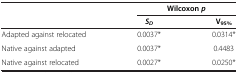
<table><thead><tr><td><b> </b></td><td colspan="2"><b>Wilcoxon<i>p</i></b></td></tr><tr><td><b> </b></td><td><b><i>S</i><sub><i>D</i></sub></b></td><td><b>V<sub>95%</sub></b></td></tr></thead><tbody><tr><td>Adapted against relocated</td><td>0.0037*</td><td>0.0314*</td></tr><tr><td>Native against adapted</td><td>0.0037*</td><td>0.4483</td></tr><tr><td>Native against relocated</td><td>0.0027*</td><td>0.0250*</td></tr></tbody></table>